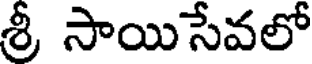
శ్రీ సాయిసేవలో